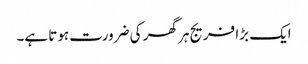
ایک بڑا فریج ہر گھر کی ضرورت ہوتا ہے۔